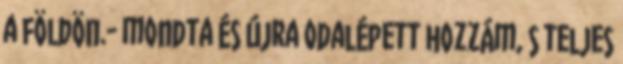
a földön.- mondta és újra odalépett hozzám, s teljes